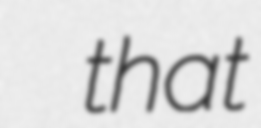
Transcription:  that